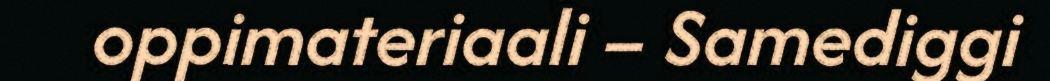
oppimateriaali – Samediggi